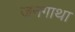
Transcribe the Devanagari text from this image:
जनगाथा